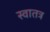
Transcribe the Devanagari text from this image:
स्वातत्र